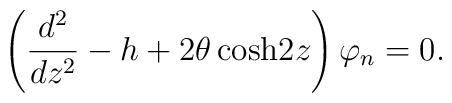
\left({d^2\over dz^2}-h+2\theta \,{\rm cosh} 2z\right)\varphi_{n}=0.